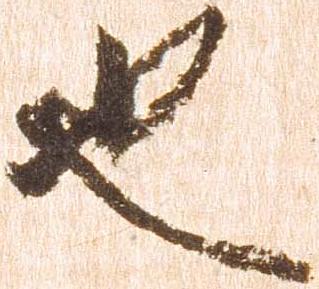
也